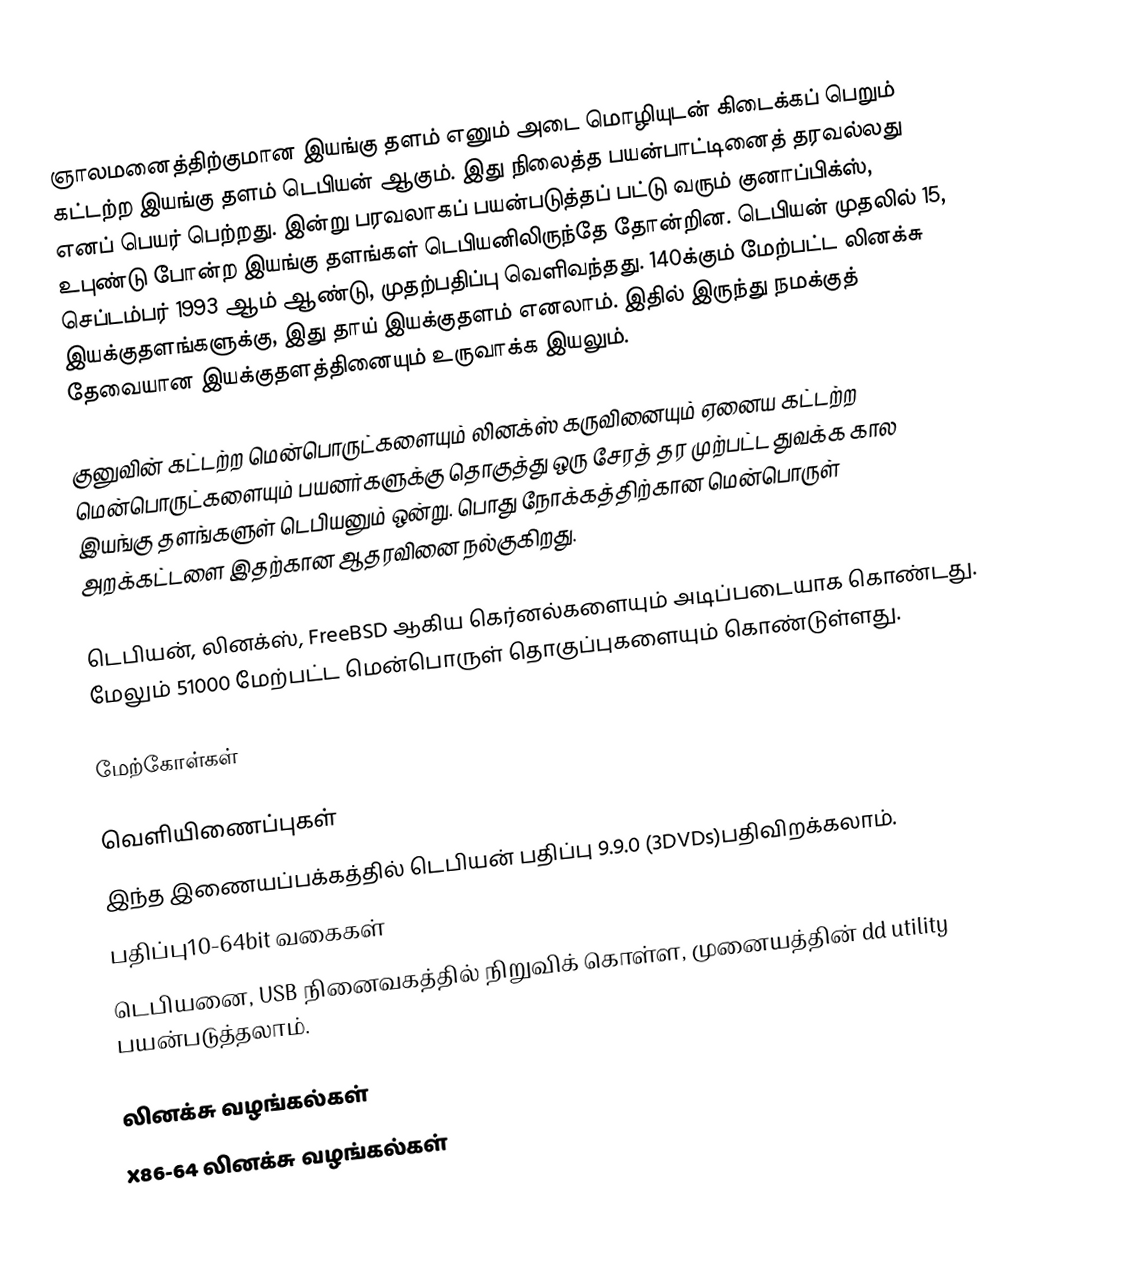
ஞாலமனைத்திற்குமான இயங்கு தளம் எனும் அடை மொழியுடன் கிடைக்கப் பெறும் கட்டற்ற இயங்கு தளம் டெபியன் ஆகும். இது நிலைத்த பயன்பாட்டினைத் தரவல்லது எனப் பெயர் பெற்றது. இன்று பரவலாகப் பயன்படுத்தப் பட்டு வரும் குனாப்பிக்ஸ், உபுண்டு போன்ற இயங்கு தளங்கள் டெபியனிலிருந்தே தோன்றின. டெபியன் முதலில் 15, செப்டம்பர் 1993 ஆம் ஆண்டு, முதற்பதிப்பு வெளிவந்தது. 140க்கும் மேற்பட்ட லினக்சு இயக்குதளங்களுக்கு, இது தாய் இயக்குதளம் எனலாம். இதில் இருந்து நமக்குத் தேவையான இயக்குதளத்தினையும் உருவாக்க இயலும்.

குனுவின் கட்டற்ற மென்பொருட்களையும் லினக்ஸ் கருவினையும் ஏனைய கட்டற்ற மென்பொருட்களையும் பயனர்களுக்கு தொகுத்து ஒரு சேரத் தர முற்பட்ட துவக்க கால இயங்கு தளங்களுள் டெபியனும் ஒன்று. பொது நோக்கத்திற்கான மென்பொருள் அறக்கட்டளை இதற்கான ஆதரவினை நல்குகிறது.

டெபியன், லினக்ஸ், FreeBSD ஆகிய கெர்னல்களையும் அடிப்படையாக கொண்டது. மேலும் 51000 மேற்பட்ட மென்பொருள் தொகுப்புகளையும் கொண்டுள்ளது.

மேற்கோள்கள்

வெளியிணைப்புகள்
இந்த இணையப்பக்கத்தில் டெபியன் பதிப்பு 9.9.0 (3DVDs)பதிவிறக்கலாம்.
 பதிப்பு10-64bit வகைகள்
  டெபியனை, USB நினைவகத்தில் நிறுவிக் கொள்ள, முனையத்தின் dd utility பயன்படுத்தலாம்.

லினக்சு வழங்கல்கள்
X86-64 லினக்சு வழங்கல்கள்